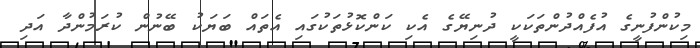
މިކުންފުނީގެ އުފެއްދުންތަކަކީ ދުނިޔޭގެ އެކި ކަންކޮޅުތަކުގައި އެތައް ބަޔަކު ބޭނުން ކުރަމުންދާ އަދި